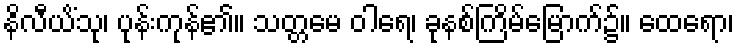
နိလီယိံသု၊ ပုန်းကုန်၏။ သတ္တမေ ဝါရေ၊ ခုနစ်ကြိမ်မြောက်၌။ ထေရော၊